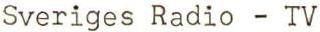
Sveriges Radio - TV